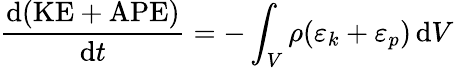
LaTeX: \frac{\mathrm{d}(\mathrm{KE+APE})}{\mathrm{d}t}=-\int_{V}\rho(\varepsilon_{k}+\varepsilon_{p})\, \mathrm{d}V